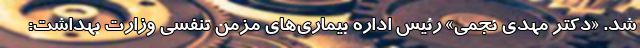
شد. «دکتر مهدی نجمی» رئیس اداره بیماری‌های مزمن تنفسی وزارت بهداشت: